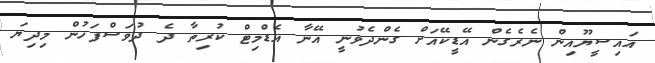
އައިސީޔޫއިން ނެރެގެން އޭޑީކޭއަށް ގެންދެވުނީ އޭނާ އެޑްމިޓް ކުރިތާ ދެ ދުވަސްފަހުން މިދިޔަ